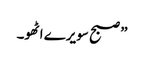
” صبح سویرے اٹھو۔